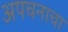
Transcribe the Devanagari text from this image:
अपचनाचा